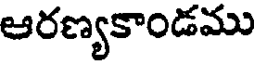
ఆరణ్యకాండము